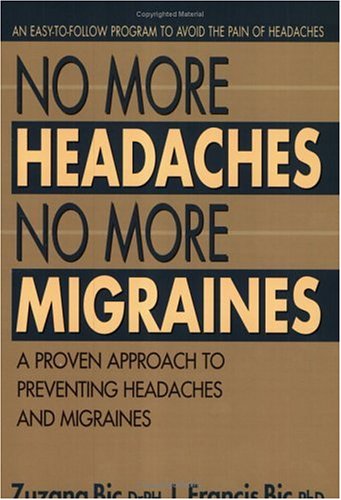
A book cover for No More Headaches No More Migraines; Zuzana Bic; Health, Fitness & Dieting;